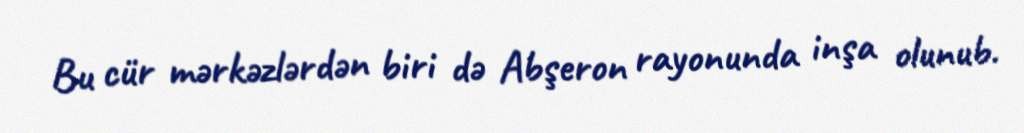
Bu cür mərkəzlərdən biri də Abşeron rayonunda inşa olunub.